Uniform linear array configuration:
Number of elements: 24
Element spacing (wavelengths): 0.5
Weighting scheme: hann
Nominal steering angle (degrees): -60
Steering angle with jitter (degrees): -61.2
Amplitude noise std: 0.05
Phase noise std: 0.05

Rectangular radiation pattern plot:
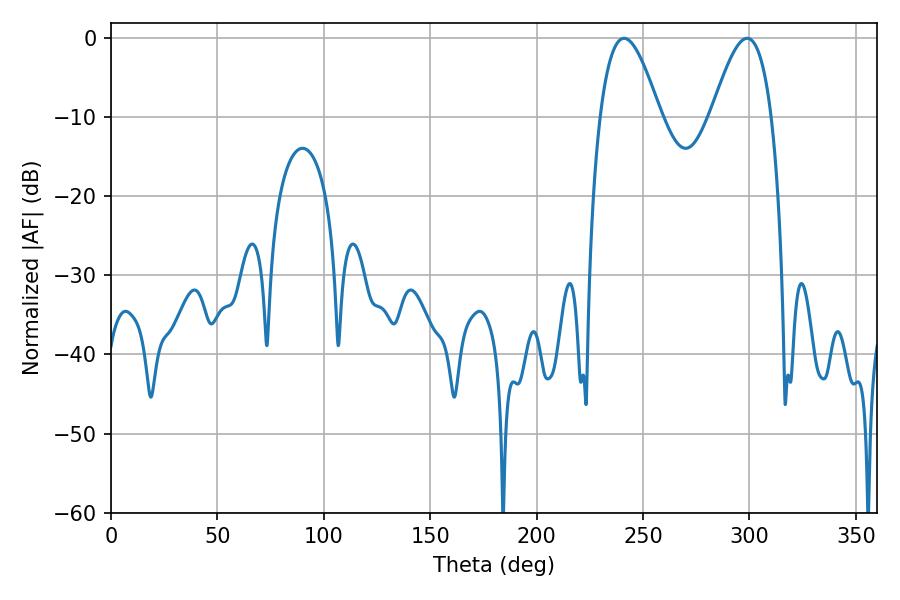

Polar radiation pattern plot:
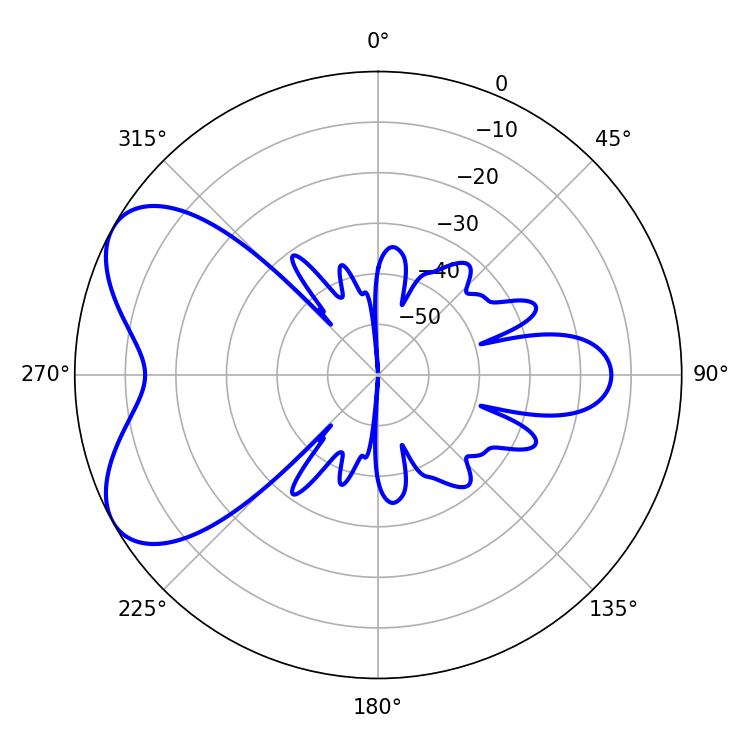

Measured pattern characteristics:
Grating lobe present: FALSE
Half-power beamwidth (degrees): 15.3
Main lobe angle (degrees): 241.02